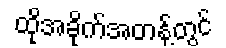
ထိုအခိုက်အတန့်တွင်